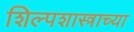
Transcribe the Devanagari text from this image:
शिल्पशास्त्राच्या